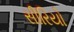
સીરિયો